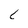
Character: t